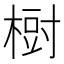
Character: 𣗳